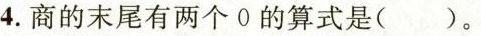
4.商的末尾有两个0的算式是()。